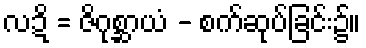
လဍိ = ဇိဂုစ္ဆာယံ - စက်ဆုပ်ခြင်း၌။